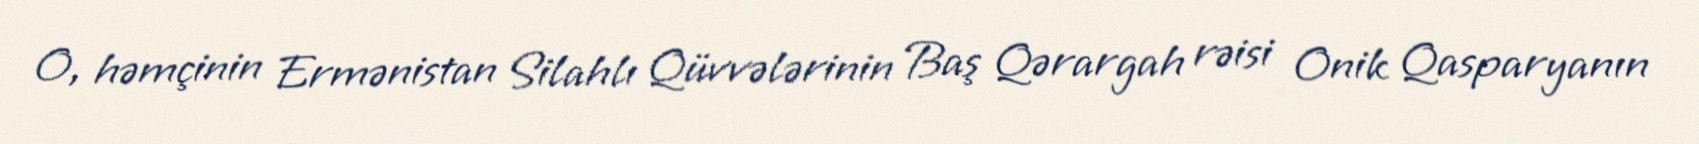
O, həmçinin Ermənistan Silahlı Qüvvələrinin Baş Qərargah rəisi Onik Qasparyanın